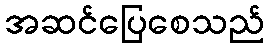
အဆင်ပြေစေသည်